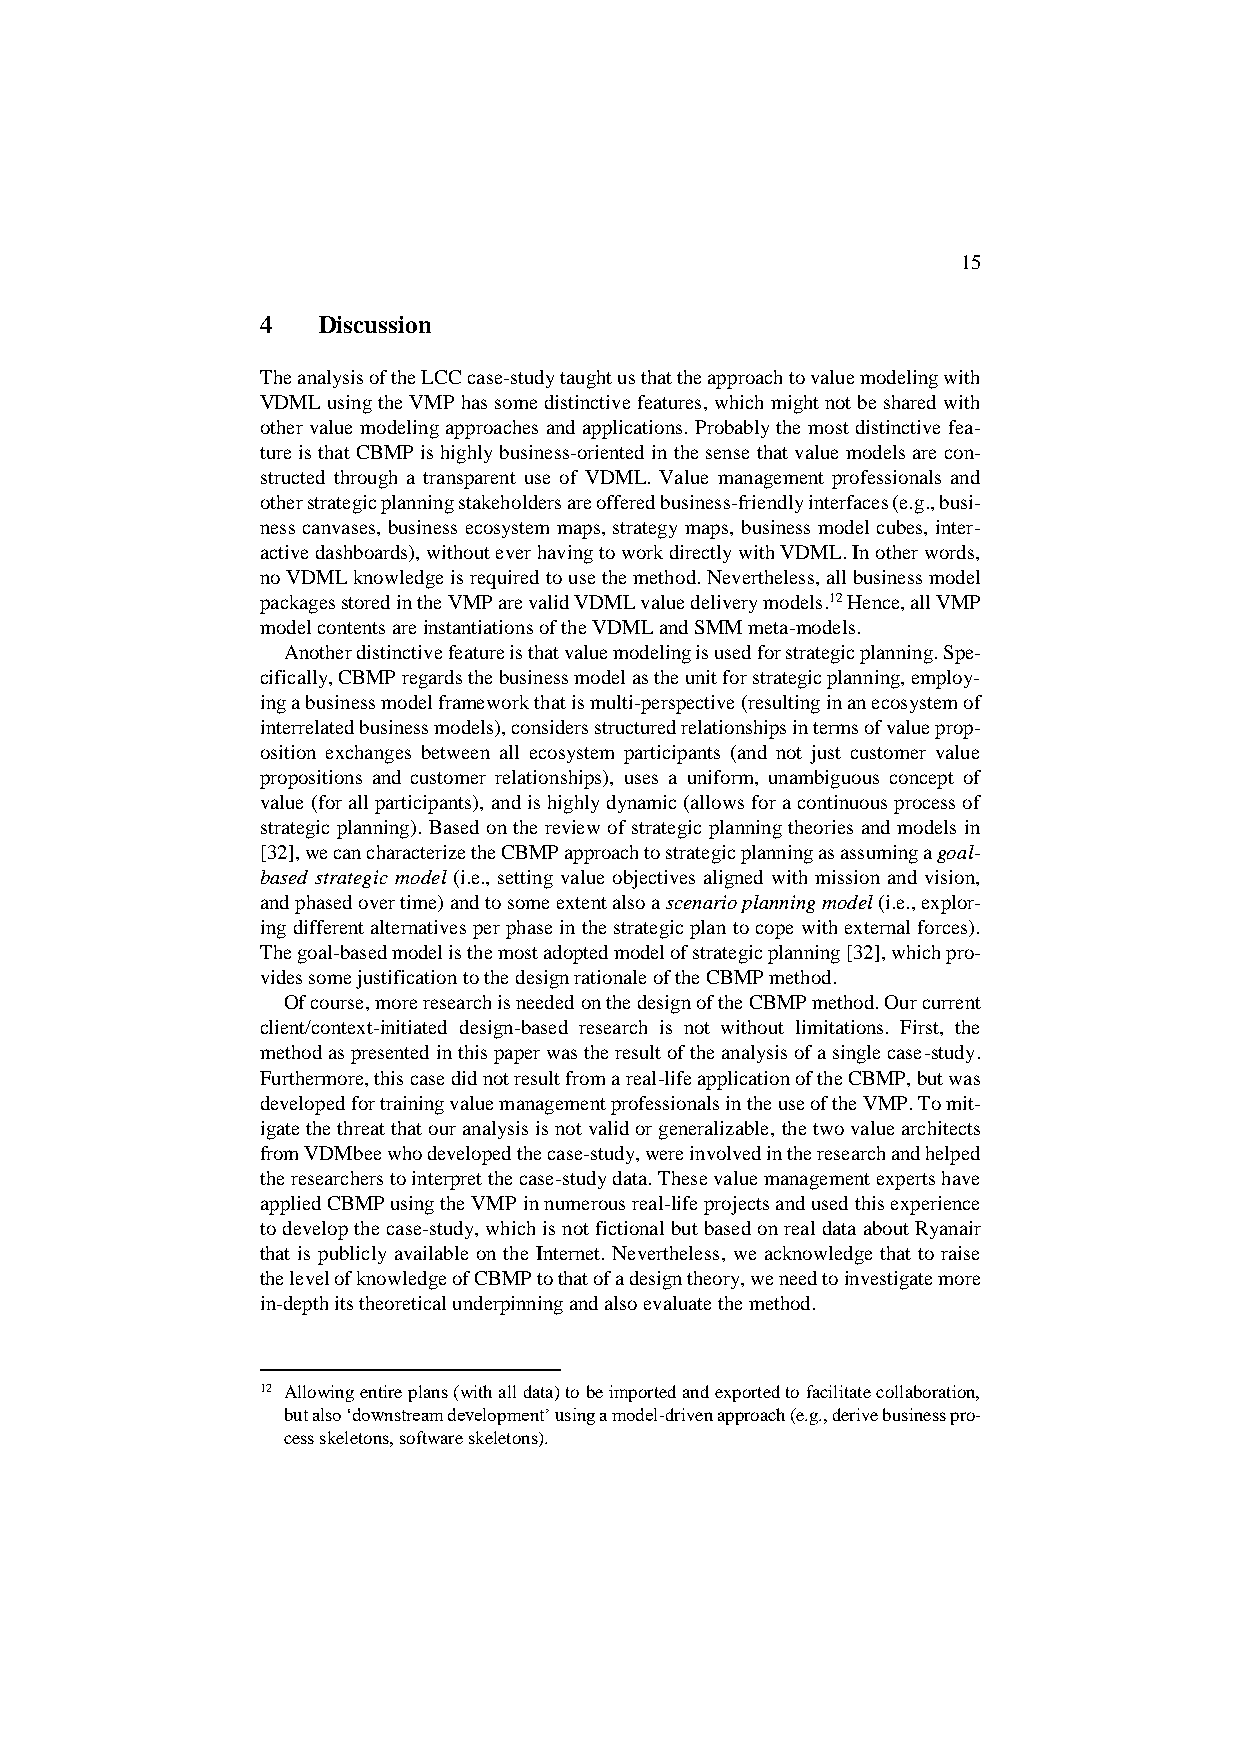
15
 4   Discussion
 The analysis of the LCC case-study taught us that the approach to value modeling with
 VDML using the VMP has some distinctive features, which might not be shared with
 other value modeling approaches and applications. Probably the most distinctive fea-
 ture is that CBMP is highly business-oriented in the sense that value models are con-
 structed through a transparent use of VDML. Value management professionals and
 other strategic planning stakeholders are offered business-friendly interfaces (e.g., busi-
 ness canvases, business ecosystem maps, strategy maps, business model cubes, inter-
 active dashboards), without ever having to work directly with VDML. In other words,
 no VDML knowledge is required to use the method. Nevertheless, all business model
 packages stored in the VMP are valid VDML value delivery models.12 Hence, all VMP
 model contents are instantiations of the VDML and SMM meta-models.
 Another distinctive feature is that value modeling is used for strategic planning. Spe-
 cifically, CBMP regards the business model as the unit for strategic planning, employ-
 ing a business model framework that is multi-perspective (resulting in an ecosystem of
 interrelated business models), considers structured relationships in terms of value prop-
 osition exchanges between all ecosystem participants (and not just customer value
 propositions and customer relationships), uses a uniform, unambiguous concept of
 value (for all participants), and is highly dynamic (allows for a continuous process of
 strategic planning). Based on the review of strategic planning theories and models in
 [32], we can characterize the CBMP approach to strategic planning as assuming a goal-
 based strategic model (i.e., setting value objectives aligned with mission and vision,
 and phased over time) and to some extent also a scenario planning model (i.e., explor-
 ing different alternatives per phase in the strategic plan to cope with external forces).
 The goal-based model is the most adopted model of strategic planning [32], which pro-
 vides some justification to the design rationale of the CBMP method.
 Of course, more research is needed on the design of the CBMP method. Our current
 client/context-initiated design-based research is not without limitations. First, the
 method as presented in this paper was the result of the analysis of a single case-study.
 Furthermore, this case did not result from a real-life application of the CBMP, but was
 developed for training value management professionals in the use of the VMP. To mit-
 igate the threat that our analysis is not valid or generalizable, the two value architects
 from VDMbee who developed the case-study, were involved in the research and helped
 the researchers to interpret the case-study data. These value management experts have
 applied CBMP using the VMP in numerous real-life projects and used this experience
 to develop the case-study, which is not fictional but based on real data about Ryanair
 that is publicly available on the Internet. Nevertheless, we acknowledge that to raise
 the level of knowledge of CBMP to that of a design theory, we need to investigate more
 in-depth its theoretical underpinning and also evaluate the method.
 12 Allowing entire plans (with all data) to be imported and exported to facilitate collaboration,
 but also ‘downstream development’ using a model-driven approach (e.g., derive business pro-
 cess skeletons, software skeletons).